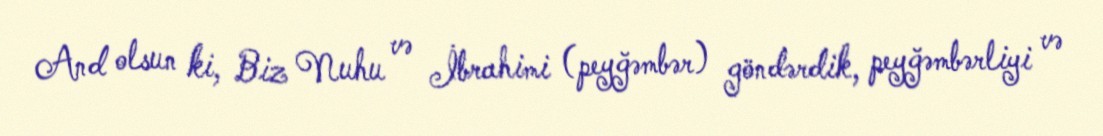
And olsun ki, Biz Nuhu və İbrahimi (peyğəmbər) göndərdik, peyğəmbərliyi və